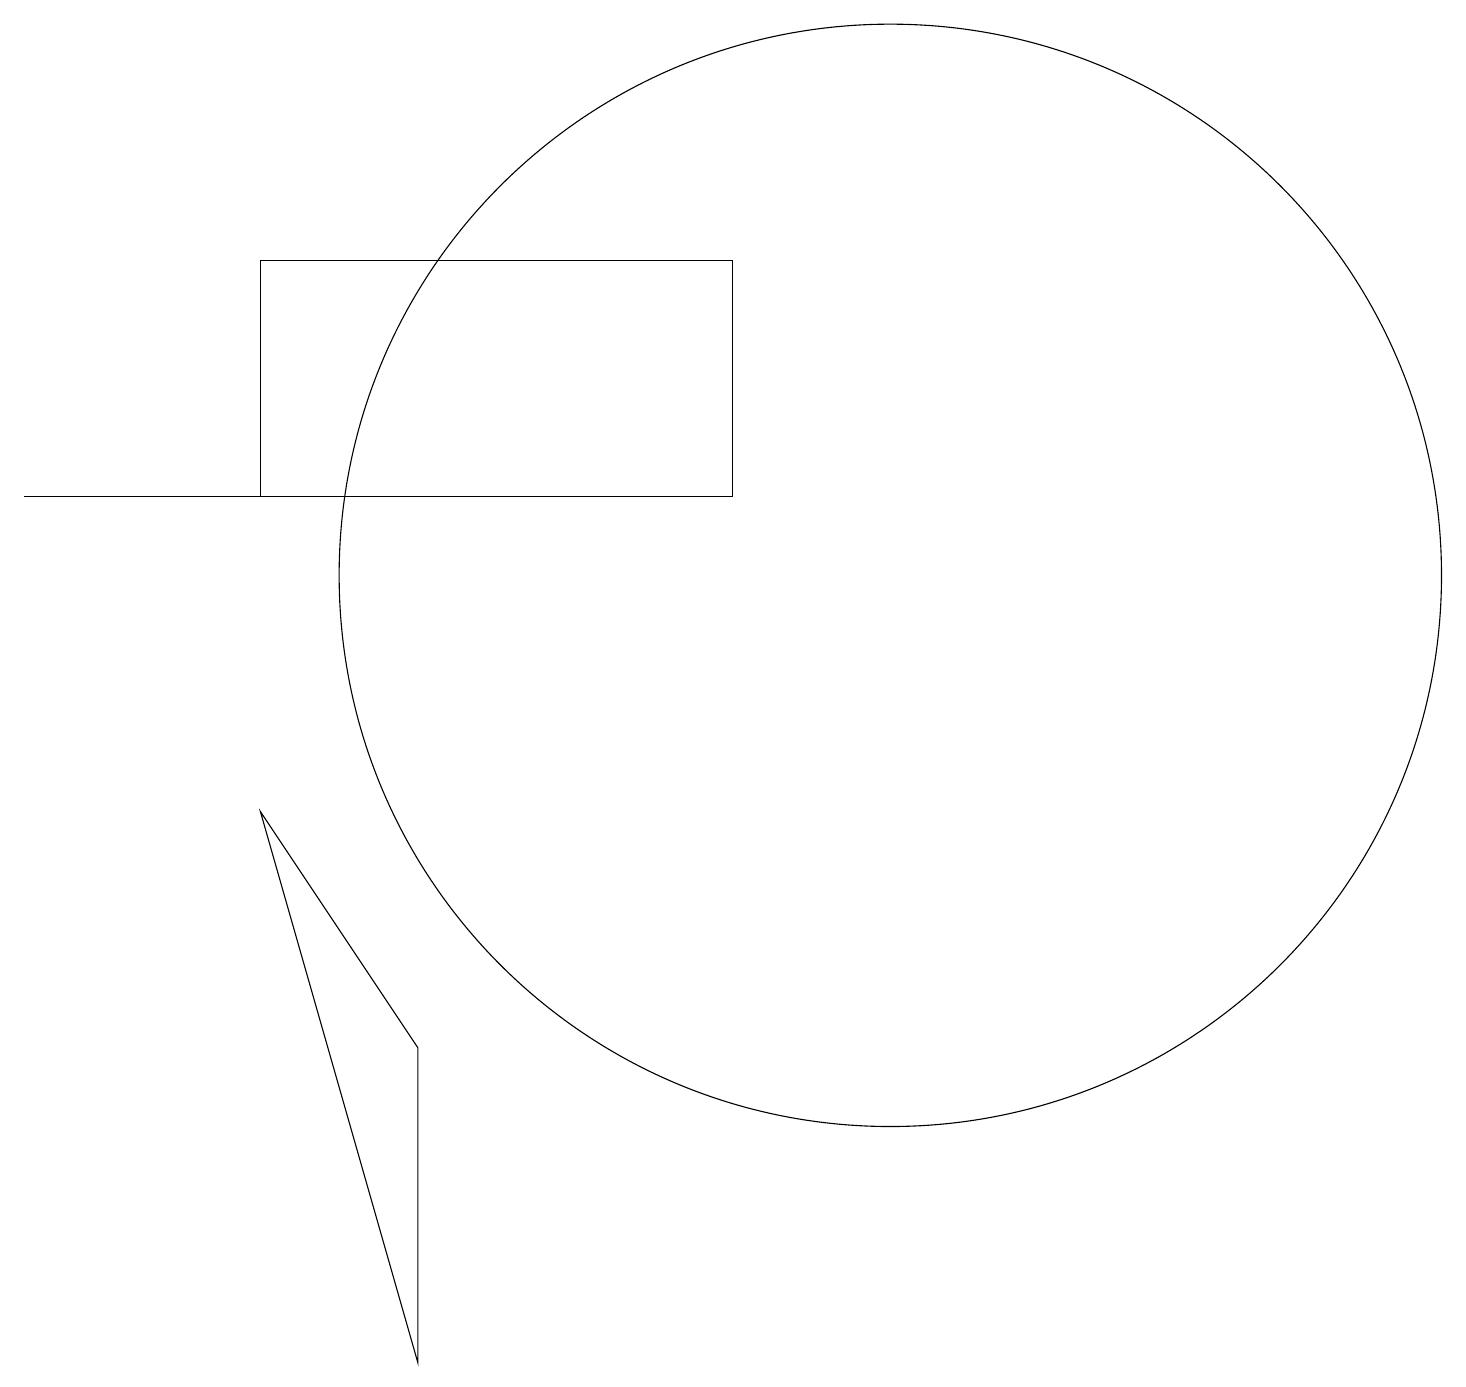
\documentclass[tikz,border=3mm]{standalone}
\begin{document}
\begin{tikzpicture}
\draw (5,1) -- (3,8) -- (5,5) -- cycle;
\draw (11,11) circle (7);
\draw (3,12) rectangle (9,15);
\draw (9,12) rectangle (0,12);
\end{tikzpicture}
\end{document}